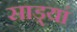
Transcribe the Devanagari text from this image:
साड्यां